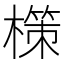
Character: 𭬂